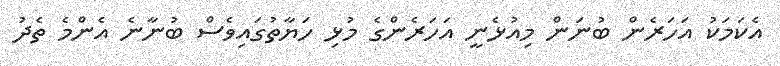
އެކަމަކު އަހަރެން ބުނަން މިއުޅެނީ އަހަރެންގެ މުޅި ހަޔާތުގައިވެސް ބުނާނެ އެންމެ ތެދު